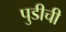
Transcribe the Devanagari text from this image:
पुडीची